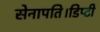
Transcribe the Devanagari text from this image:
सेनापति।डिप्टी